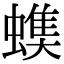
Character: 𧐃